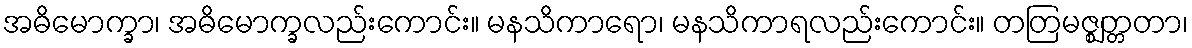
အဓိမောက္ခာ၊ အဓိမောက္ခလည်းကောင်း။ မနသိကာရော၊ မနသိကာရလည်းကောင်း။ တတြမဇ္ဈတ္တတာ၊